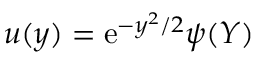
u ( y ) = \mathrm { e } ^ { - y ^ { 2 } / 2 } \psi ( Y )